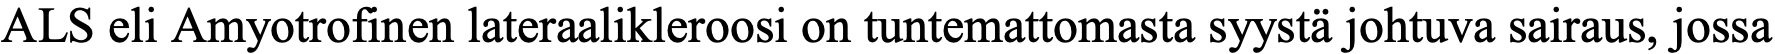
ALS eli Amyotrofinen lateraalikleroosi on tuntemattomasta syystä johtuva sairaus, jossa